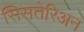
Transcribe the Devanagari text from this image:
सिसतेरिअन